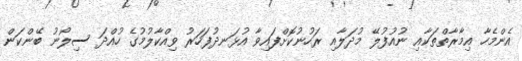
އެންމެހާ އިމާރާތްތަކާއި ނުއުފުލޭ މުދަލާއި ރަހުނުކޮށްފައިވާ އުޅަނދުފަހަރު ވިއްކާލުމުގެ ހުއްދަ ސިލޯނު ބޭންކަން